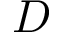
D